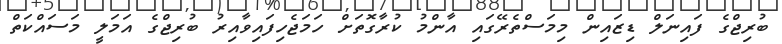
ބުރިޖްގެ ފައިނަލް ޑިޒައިން މިމަސްތެރޭގައި އާންމު ކުރާގޮތަށް ހަމަޖެހިފައިވާއިރު ބުރިޖްގެ އަމަލީ މަސައްކަތް